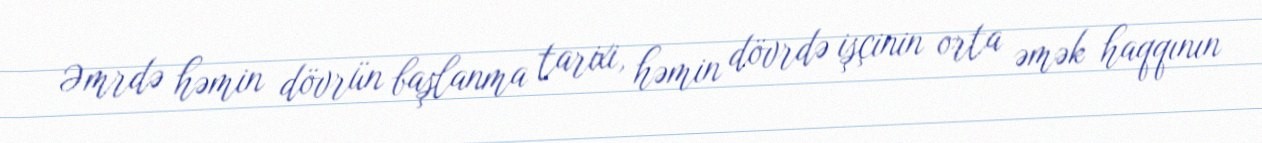
Əmrdə həmin dövrün başlanma tarixi, həmin dövrdə işçinin orta əmək haqqının